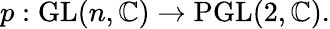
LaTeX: p:{\mathrm{GL}}(n,\mathbb{C})\to{\mathrm{PGL}}(2,\mathbb{C}).